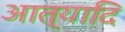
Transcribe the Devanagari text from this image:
आत्यादि